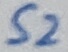
Text: S2